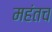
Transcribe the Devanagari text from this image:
महंतच